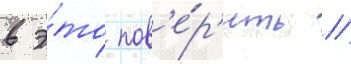
в э́то пов'е́р'ить //